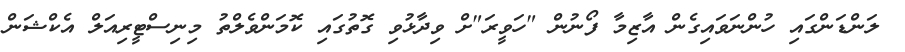
ލަންޑަންގައި ހުންނަވައިގެން އާޒިމާ ފޯނުން "ހަވީރަ"ށް ވިދާޅުވި ގޮތުގައި ކޮމަންވެލްތު މިނިސްޓީރިއަލް އެކްޝަން